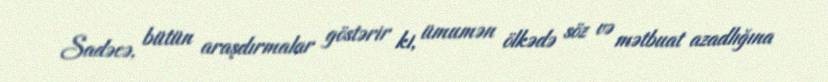
Sadəcə, bütün araşdırmalar göstərir ki, ümumən ölkədə söz və mətbuat azadlığına